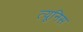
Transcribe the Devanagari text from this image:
त्यूनिस